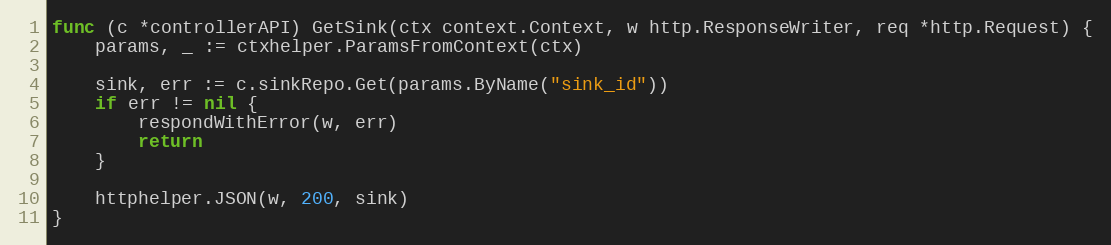
Language: Go
func (c *controllerAPI) GetSink(ctx context.Context, w http.ResponseWriter, req *http.Request) {
	params, _ := ctxhelper.ParamsFromContext(ctx)

	sink, err := c.sinkRepo.Get(params.ByName("sink_id"))
	if err != nil {
		respondWithError(w, err)
		return
	}

	httphelper.JSON(w, 200, sink)
}